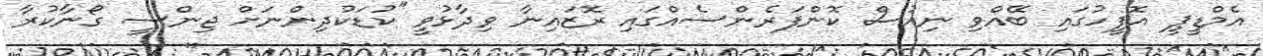
އެމްޑީޕީ އޮފީހުގައި ބޭއްވި ނިއުސް ކޮންފަރެންސެއްގައި ރޮޒައިނާ ވިދާޅުވީ "ކުޑަކުދިންނަށް ޖިންސީ ގޯނާކުރާ